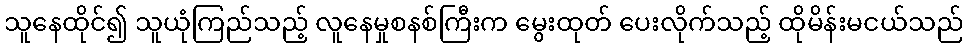
သူနေထိုင်၍ သူယုံကြည်သည့် လူနေမှုစနစ်ကြီးက မွေးထုတ် ပေးလိုက်သည့် ထိုမိန်းမငယ်သည်